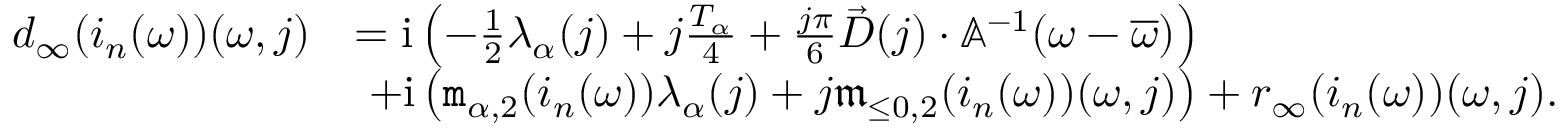
\begin{array} { r l } { d _ { \infty } ( i _ { n } ( \omega ) ) ( \omega , j ) } & { = \mathrm { i } \left( - \frac { 1 } { 2 } \lambda _ { \alpha } ( j ) + j \frac { T _ { \alpha } } { 4 } + \frac { j \pi } { 6 } \vec { D } ( j ) \cdot \mathbb { A } ^ { - 1 } ( \omega - \overline { { \omega } } ) \right) } \\ & { \ + \mathrm { i } \left( \mathtt { m } _ { \alpha , 2 } ( i _ { n } ( \omega ) ) \lambda _ { \alpha } ( j ) + j \mathfrak { m } _ { \le 0 , 2 } ( i _ { n } ( \omega ) ) ( \omega , j ) \right) + r _ { \infty } ( i _ { n } ( \omega ) ) ( \omega , j ) . } \end{array}